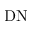
\mathrm { D N }